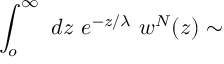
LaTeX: \int _ { o } ^ { \infty } \ d z \ e ^ { - z / \lambda } \ w ^ { N } ( z ) \sim